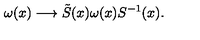
\omega ( x ) \longrightarrow \tilde { S } ( x ) \omega ( x ) S ^ { - 1 } ( x ) .